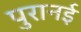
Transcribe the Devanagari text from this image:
पुरानई